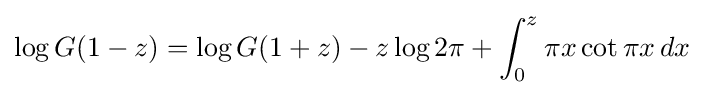
\log G(1-z)=\log G(1+z)-z\log 2\pi +\int _{0}^{z}\pi x\cot \pi x\,dx